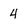
Character: 4